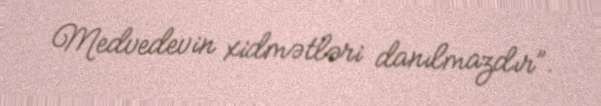
Medvedevin xidmətləri danılmazdır”.